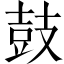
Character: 鼓